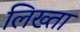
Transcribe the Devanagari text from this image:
लिख्ता